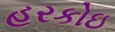
હરકોઇ